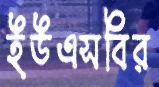
ইউএসবির